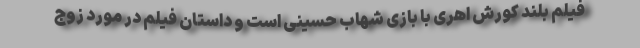
فیلم بلند کورش اهری با بازی شهاب حسینی است و داستان فیلم در مورد زوج